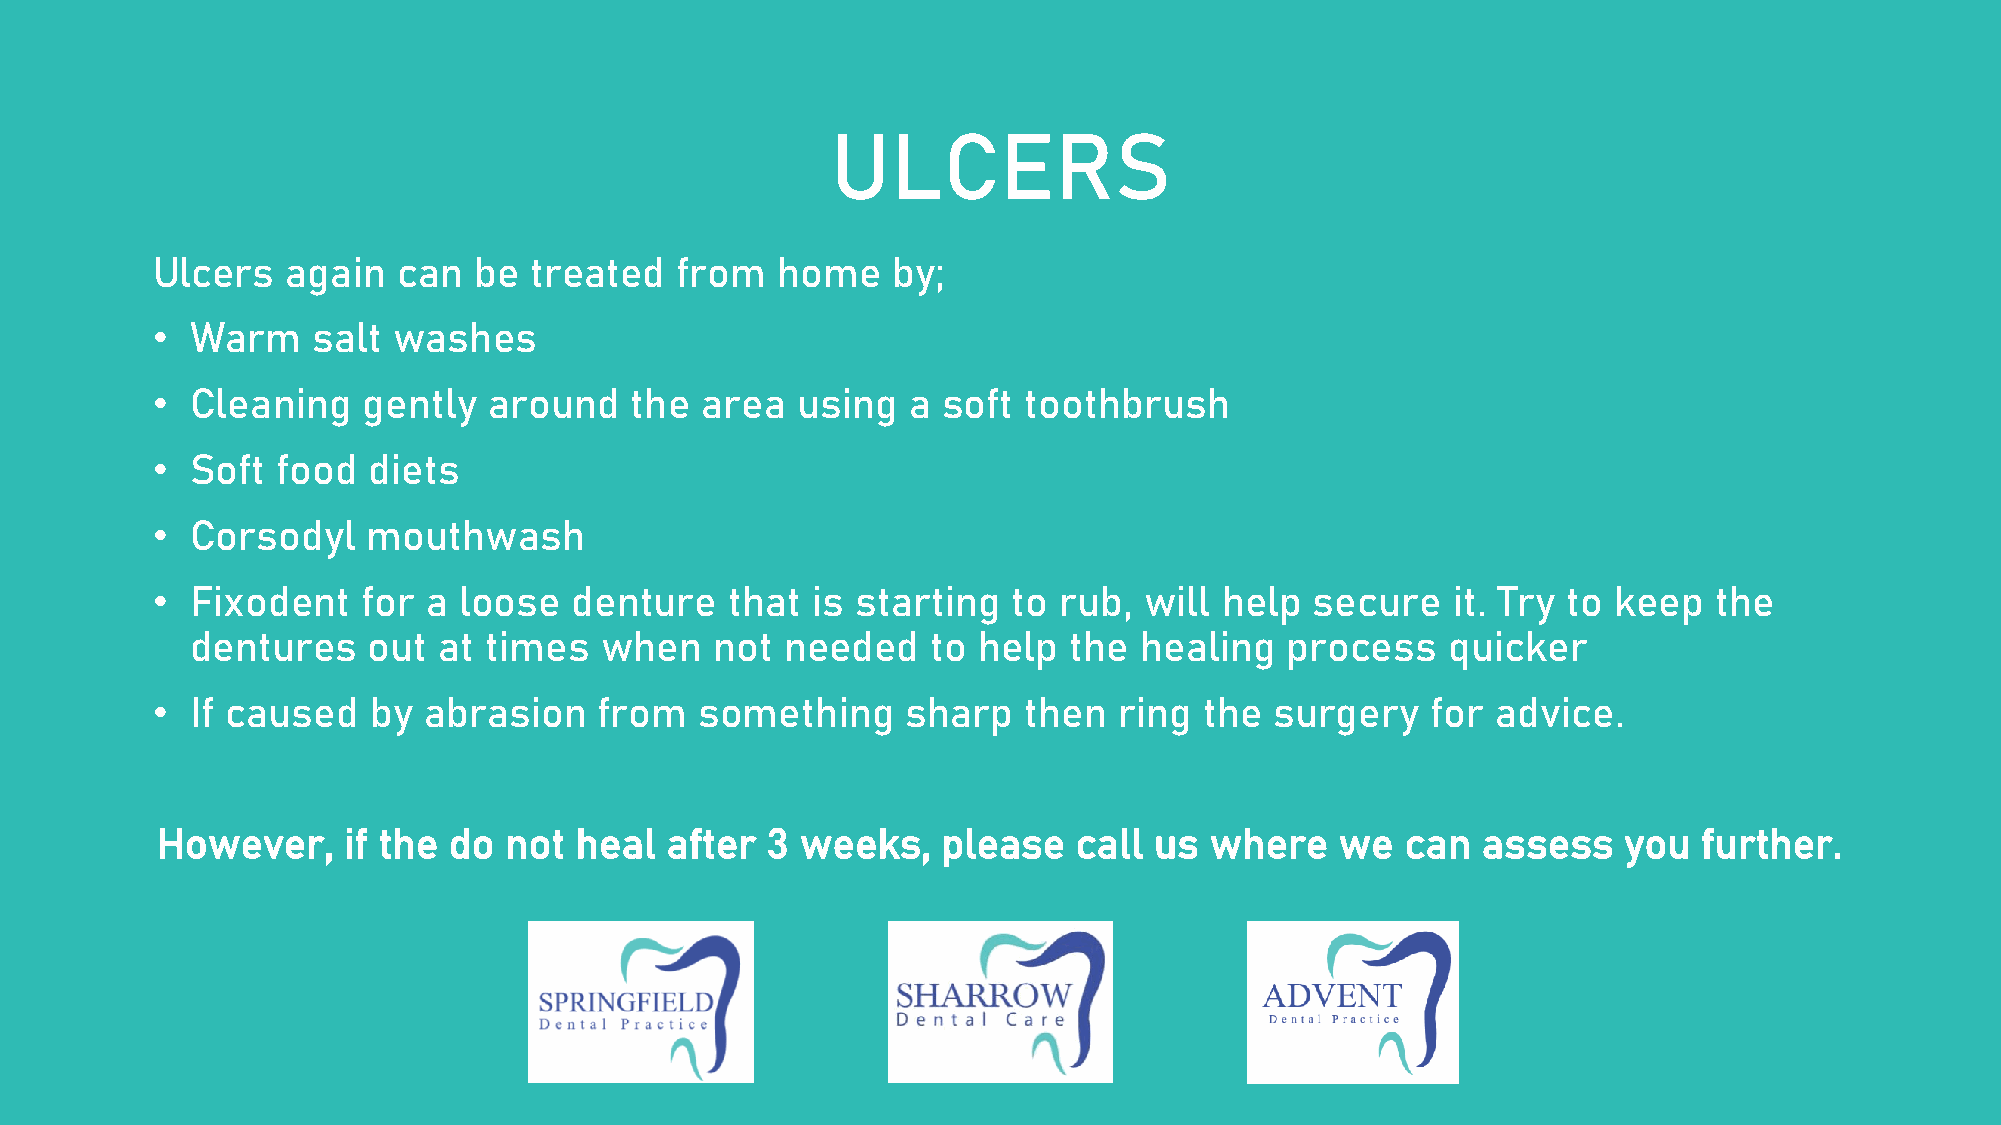
ULCERS
 Ulcers   again  can  be  treated   from  home    by;
 •  Warm    salt washes
 •  Cleaning   gently  around    the area   using  a soft  toothbrush
 •  Soft food  diets
 •  Corsodyl   mouthwash
 •  Fixodent   for a loose   denture   that  is starting  to rub,  will help  secure   it. Try to keep  the
 dentures   out  at times   when   not  needed    to help  the healing   process    quicker
 •  If caused  by  abrasion    from  something     sharp   then  ring  the surgery    for advice.
 However,     if the do not  heal  after  3 weeks,   please   call us  where    we  can  assess   you   further.